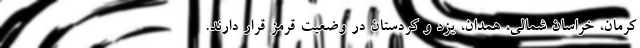
کرمان، خراسان شمالی، همدان، یزد و کردستان در وضعیت قرمز قرار دارند.